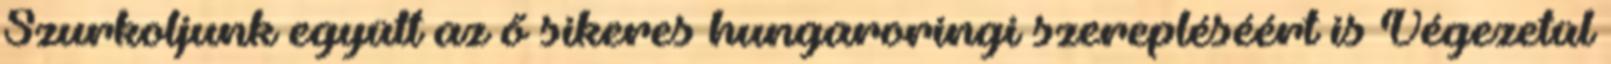
Szurkoljunk együtt az ő sikeres hungaroringi szerepléséért is Végezetül